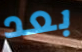
بعد